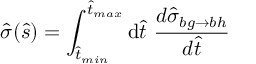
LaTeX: \hat { \sigma } ( \hat { s } ) = \int _ { \hat { t } _ { m i n } } ^ { \hat { t } _ { m a x } } \mathrm { d } \hat { t } \ \frac { d \hat { \sigma } _ { b g \to b h } } { d \hat { t } }